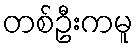
တစ်ဦးကမူ